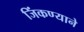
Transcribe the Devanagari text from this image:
जिंकण्याने